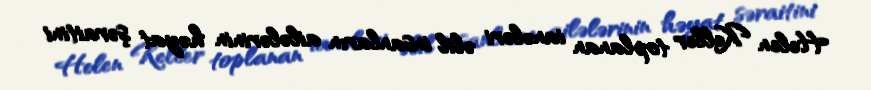
Helen Keller toplanan ianələri əlil insanların ailələrinin həyat şəraitini